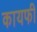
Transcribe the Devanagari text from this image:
कायफी